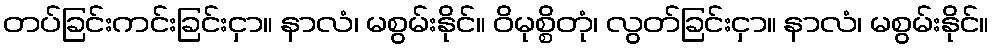
တပ်ခြင်းကင်းခြင်းငှာ။ နာလံ၊ မစွမ်းနိုင်။ ဝိမုစ္စိတုံ၊ လွတ်ခြင်းငှာ။ နာလံ၊ မစွမ်းနိုင်။